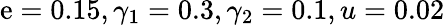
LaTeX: \mathrm{e}=0.15,\gamma_{1}=0.3,\gamma_{2}=0.1,u=0.02